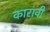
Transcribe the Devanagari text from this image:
कारावी